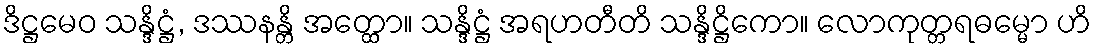
ဒိဋ္ဌမေဝ သန္ဒိဋ္ဌံ, ဒဿနန္တိ အတ္ထော။ သန္ဒိဋ္ဌံ အရဟတီတိ သန္ဒိဋ္ဌိကော။ လောကုတ္တရဓမ္မော ဟိ